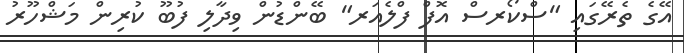
އޭގެ ތެރޭގައި "ސްކޯރސް އޮފް ފްލެއަރ" ބޭންޑުން ވިދާލި ފުބޫ ކުރިން މަޝްހޫރު